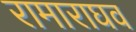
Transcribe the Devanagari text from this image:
रामाराघव